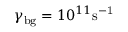
\gamma _ { \mathrm { b g } } = 1 0 ^ { 1 1 } \mathrm { s ^ { - 1 } }